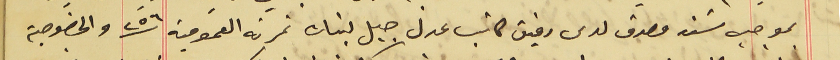
بموجب سَند مصدق لدى رفيق كاتب عدل جبل لبنان نمرته العمومية  ٢٥٦ والخصوصية